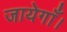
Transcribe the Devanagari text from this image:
जायेगाँ।